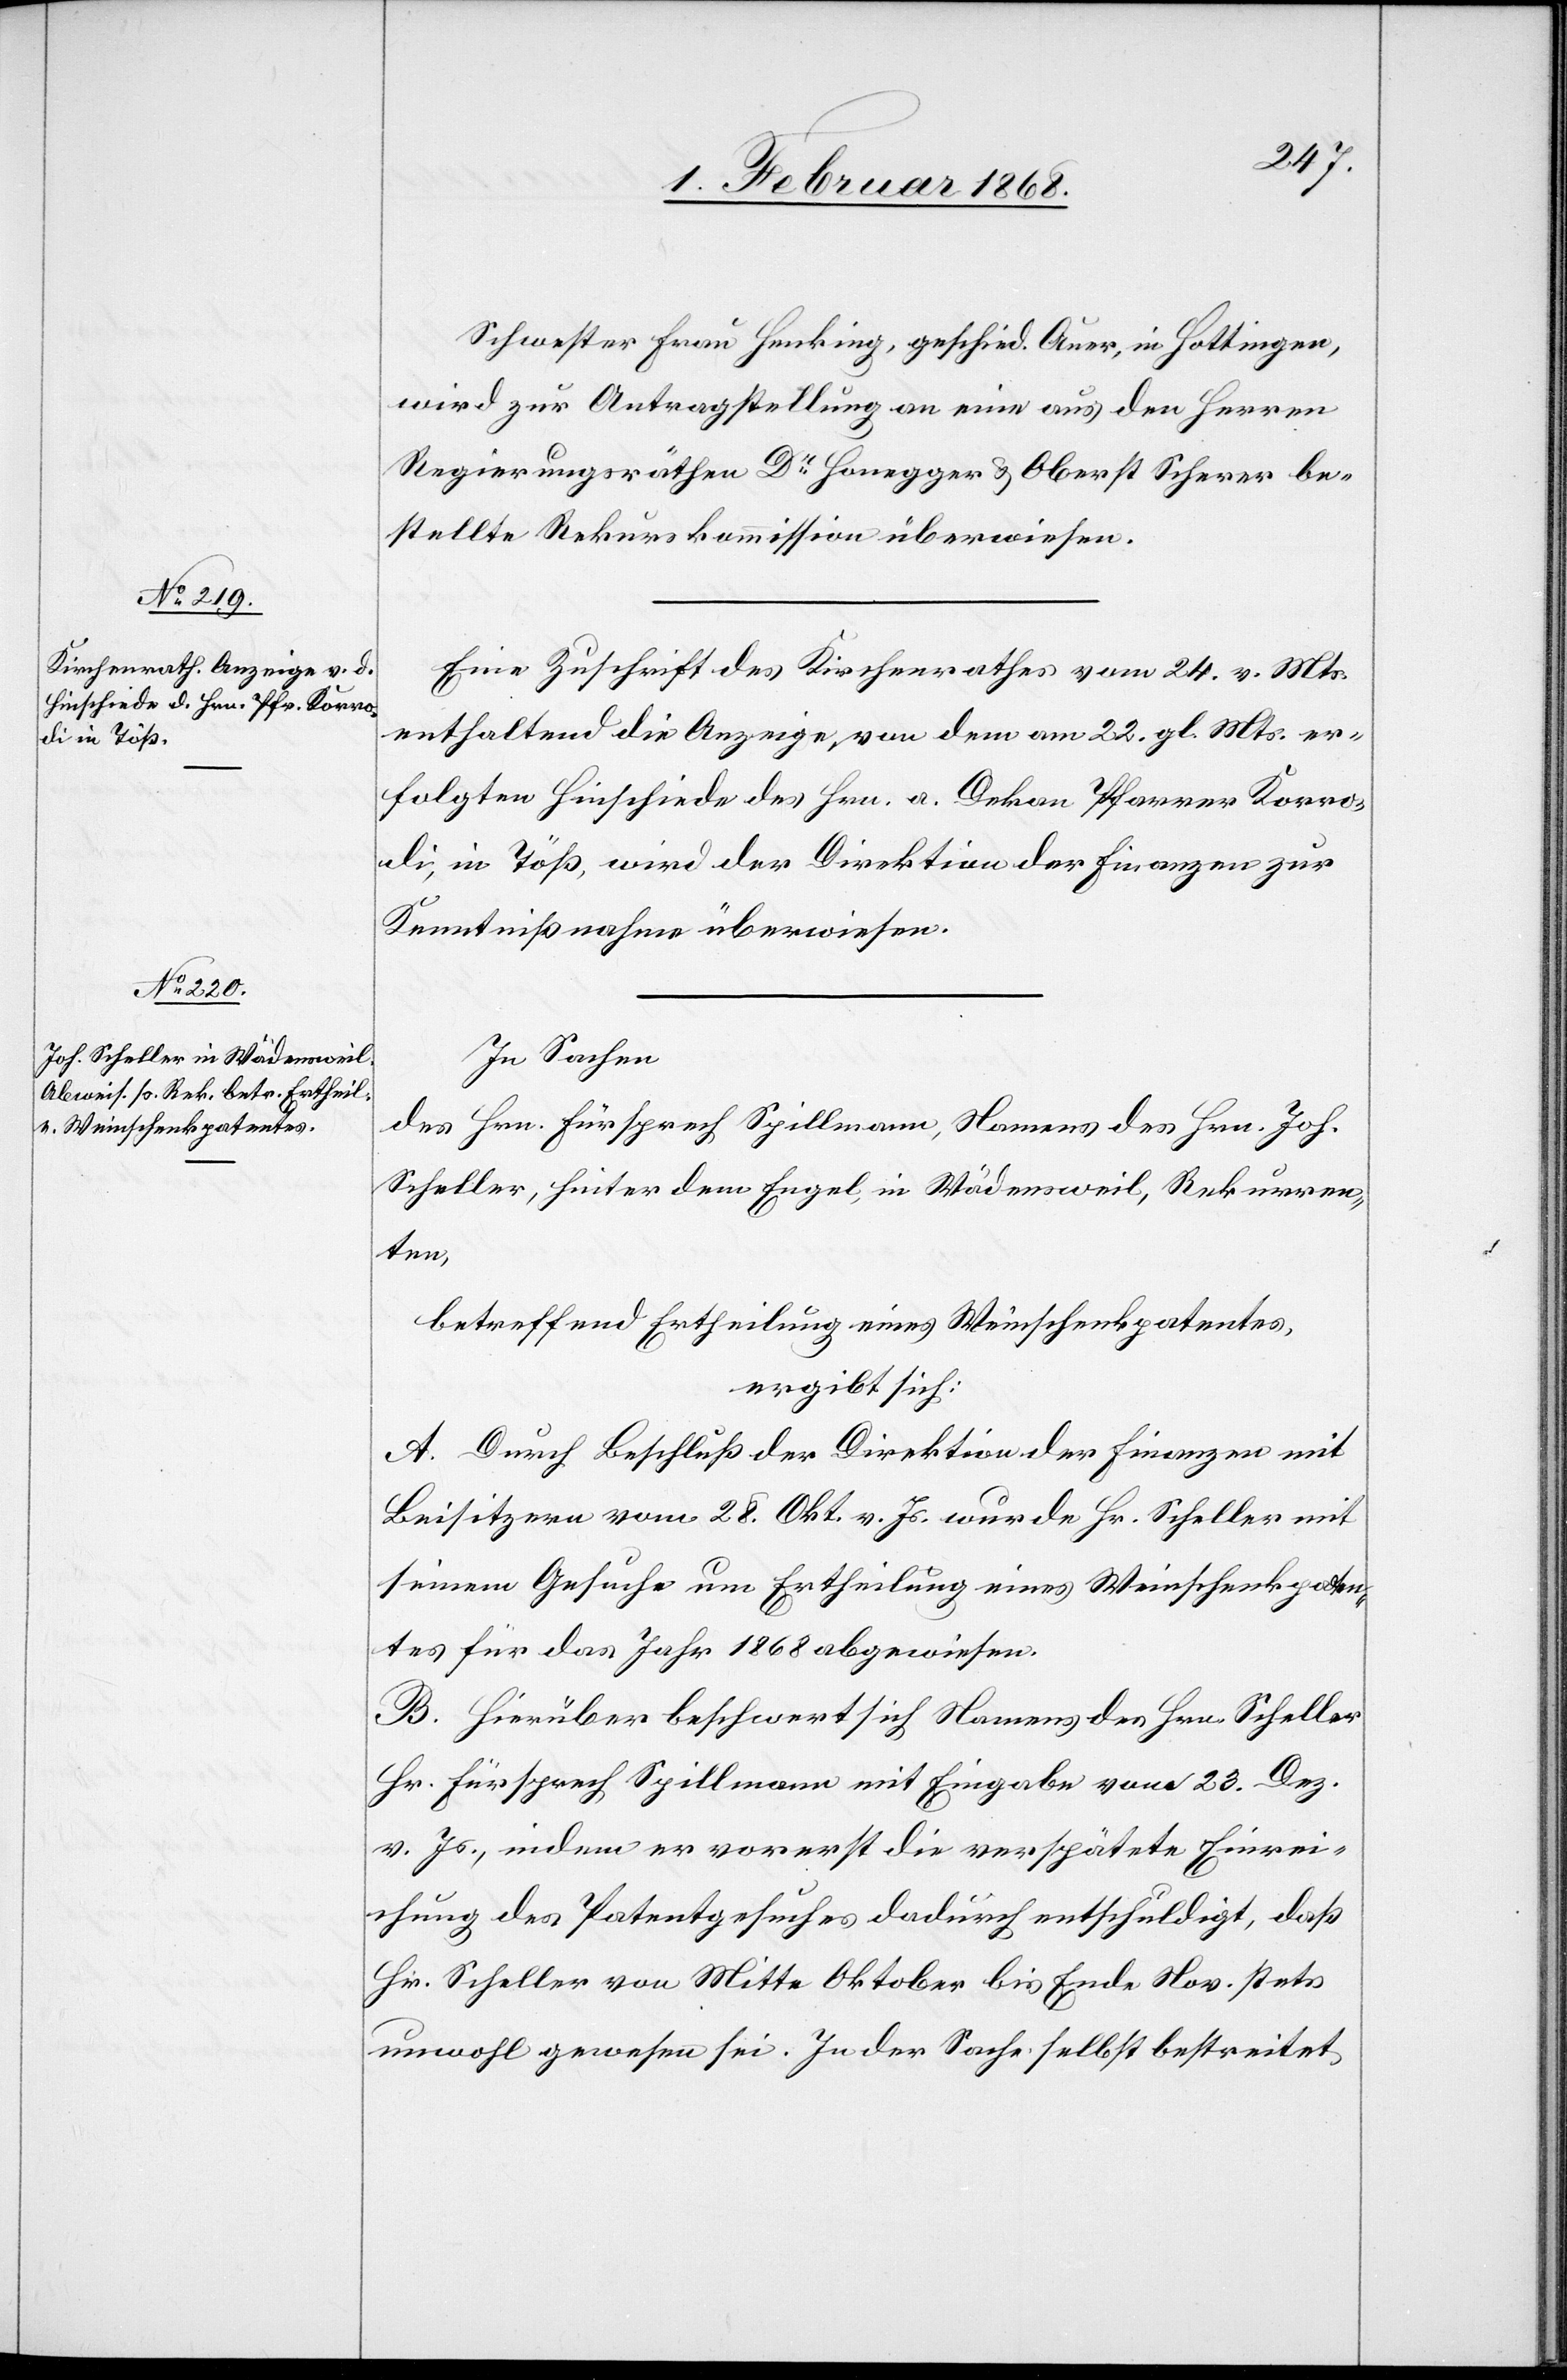
Schwester Frau Henking, geschied. Auer, in Hottingen,
wird zur Antragstellung an eine aus den Herren
Regierungsräthen Dr. Honegger & Oberst Scherer be¬
stellte Rekurskommission überwiesen.
Eine Zuschrift des Kirchenrathes vom 24. v. Mts.
enthaltend die Anzeige, von dem am 22. gl. Mts. er¬
folgten Hinschiede des Hrn. a. Dekan Pfarrer Korro¬
di, in Töß, wird der Direktion der Finanzen zur
Kenntnißnahme überwiesen.
In Sachen
des Hrn. Fürsprech Spillmann, Namens des Hrn. Joh.
Scheller, hinter dem Engel, in Wädensweil, Rekurren¬
ten,
betreffend Ertheilung eines Weinschenkpatentes,
ergibt sich:
A. Durch Beschluß der Direktion der Finanzen mit
Beisitzern vom 28. Okt. v. Js. wurde Hr. Scheller mit
seinem Gesuche um Ertheilung eines Weinschenkpaten¬
tes für das Jahr 1868 abgewiesen.
B. Hierüber beschwert sich Namens des Hrn. Scheller
Hr. Fürsprech Spillmann mit Eingabe vom 23. Dez.
v. Js., indem er vorerst die verspätete Einrei¬
chung des Patentgesuches dadurch entschuldigt, daß
Hr. Scheller von Mitte Oktober bis Ende Nov. stets
unwohl gewesen sei. In der Sache selbst bestreitet